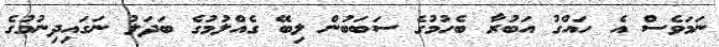
ނަމަވެސް އެ ހައްގު އަބުރާ ބެހުމުގެ ސަބަބުން ލިބޭ ގެއްލުމުގެ ބަދަލު ނަގައިދިނުމުގެ